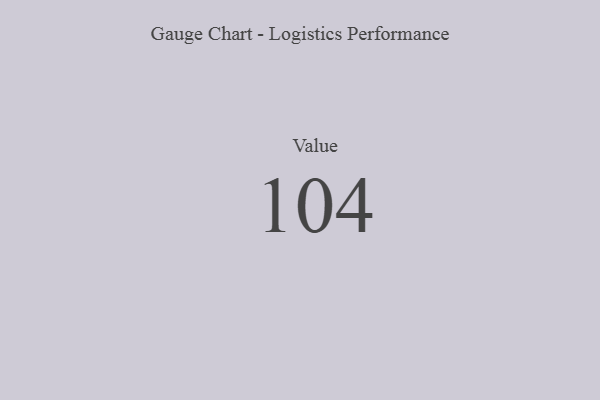
{"axis": {"x": "Metric", "y": "Value"}, "legend": [""], "data": [{"x": "Value", "y": 104, "type": ""}]}